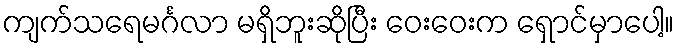
ကျက်သရေမင်္ဂလာ မရှိဘူးဆိုပြီး ဝေးဝေးက ရှောင်မှာပေါ့။